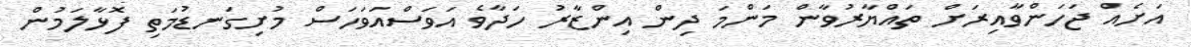
އަށެއް ޖަހަންވާއިރަށް ތައްޔާރުވާން މަންމަ ދިން އިންޒާރު ހަދާވެ އަވަސްއަވަހަސް މުށިގަނޑުމަތި ފޮޅާލަމުން